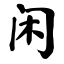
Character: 闲